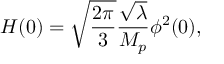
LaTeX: H ( 0 ) = \sqrt { \frac { 2 \pi } { 3 } } \frac { \sqrt { \lambda } } { M _ { p } } \phi ^ { 2 } ( 0 ) ,